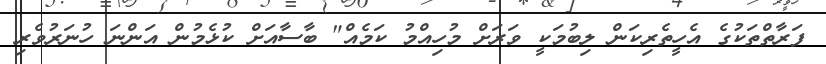
ފަރާތްތަކުގެ އެހީތެރިކަން ލިބުމަކީ ވަރަށް މުހިއްމު ކަމެއް" ބާސާއަށް ކުޅެމުން އަންނަ ހުނަރުވެރި